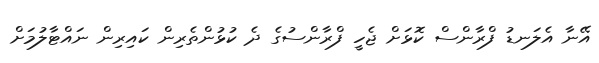
އޭނާ އެލަނޑު ފްރާންސް ކޮޅަށް ޖެހީ ފްރާންސުގެ ދެ ކުޅުންތެރިން ކައިރިން ނައްޓާލުމަށް